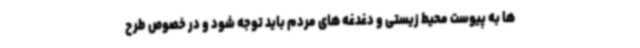
ها به پیوست محیط زیستی و دغدغه های مردم باید توجه شود و در خصوص طرح